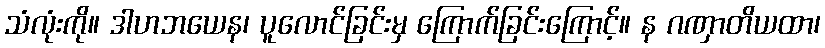
သံလုံးကို။ ဒါဟဘယေန၊ ပူလောင်ခြင်းမှ ကြောက်ခြင်းကြောင့်။ န ဂဏှာတိယထာ၊